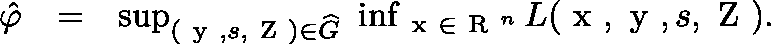
\begin{array} { r l r } { \hat { \varphi } } & { = } & { \operatorname* { s u p } _ { ( \mathrm { \boldmath ~ y ~ } , s , \mathrm { \boldmath ~ Z ~ } ) \in \widehat { G } } \ \operatorname* { i n f } _ { \mathrm { \boldmath ~ x ~ } \in \mathrm { ~ \mathbb { R } ~ } ^ { n } } L ( \mathrm { \boldmath ~ x ~ } , \mathrm { \boldmath ~ y ~ } , s , \mathrm { \boldmath ~ Z ~ } ) . } \end{array}